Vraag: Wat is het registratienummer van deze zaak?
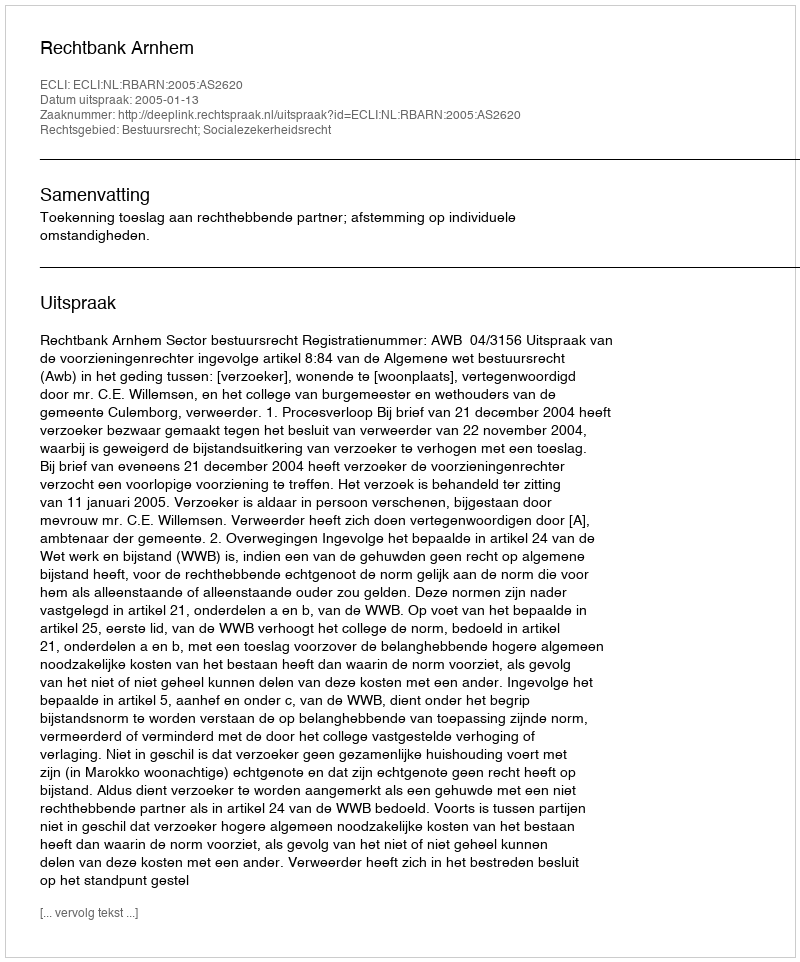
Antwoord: http://deeplink.rechtspraak.nl/uitspraak?id=ECLI:NL:RBARN:2005:AS2620